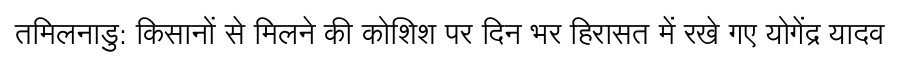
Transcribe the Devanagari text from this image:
तमिलनाडु: किसानों से मिलने की कोशिश पर दिन भर हिरासत में रखे गए योगेंद्र यादव